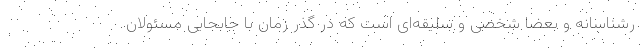
رشناسانه و بعضا شخصی و سلیقه‌ای است که در گذر زمان با جابجایی مسئولان